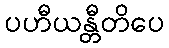
ပဟီယန္တီတိပေ